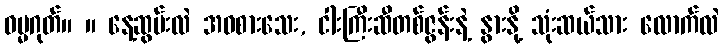
ဓမ္မဂုတ်။ ။ နေ့ဆွမ်းလဲ အဝစားသေး, ငါးကြီးဆီတစ်ဇွန်းနဲ့ နွားနို့ သုံးဆယ်သား လောက်လဲ